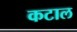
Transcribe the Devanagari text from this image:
कटाल